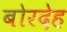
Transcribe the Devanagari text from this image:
बोरदेह